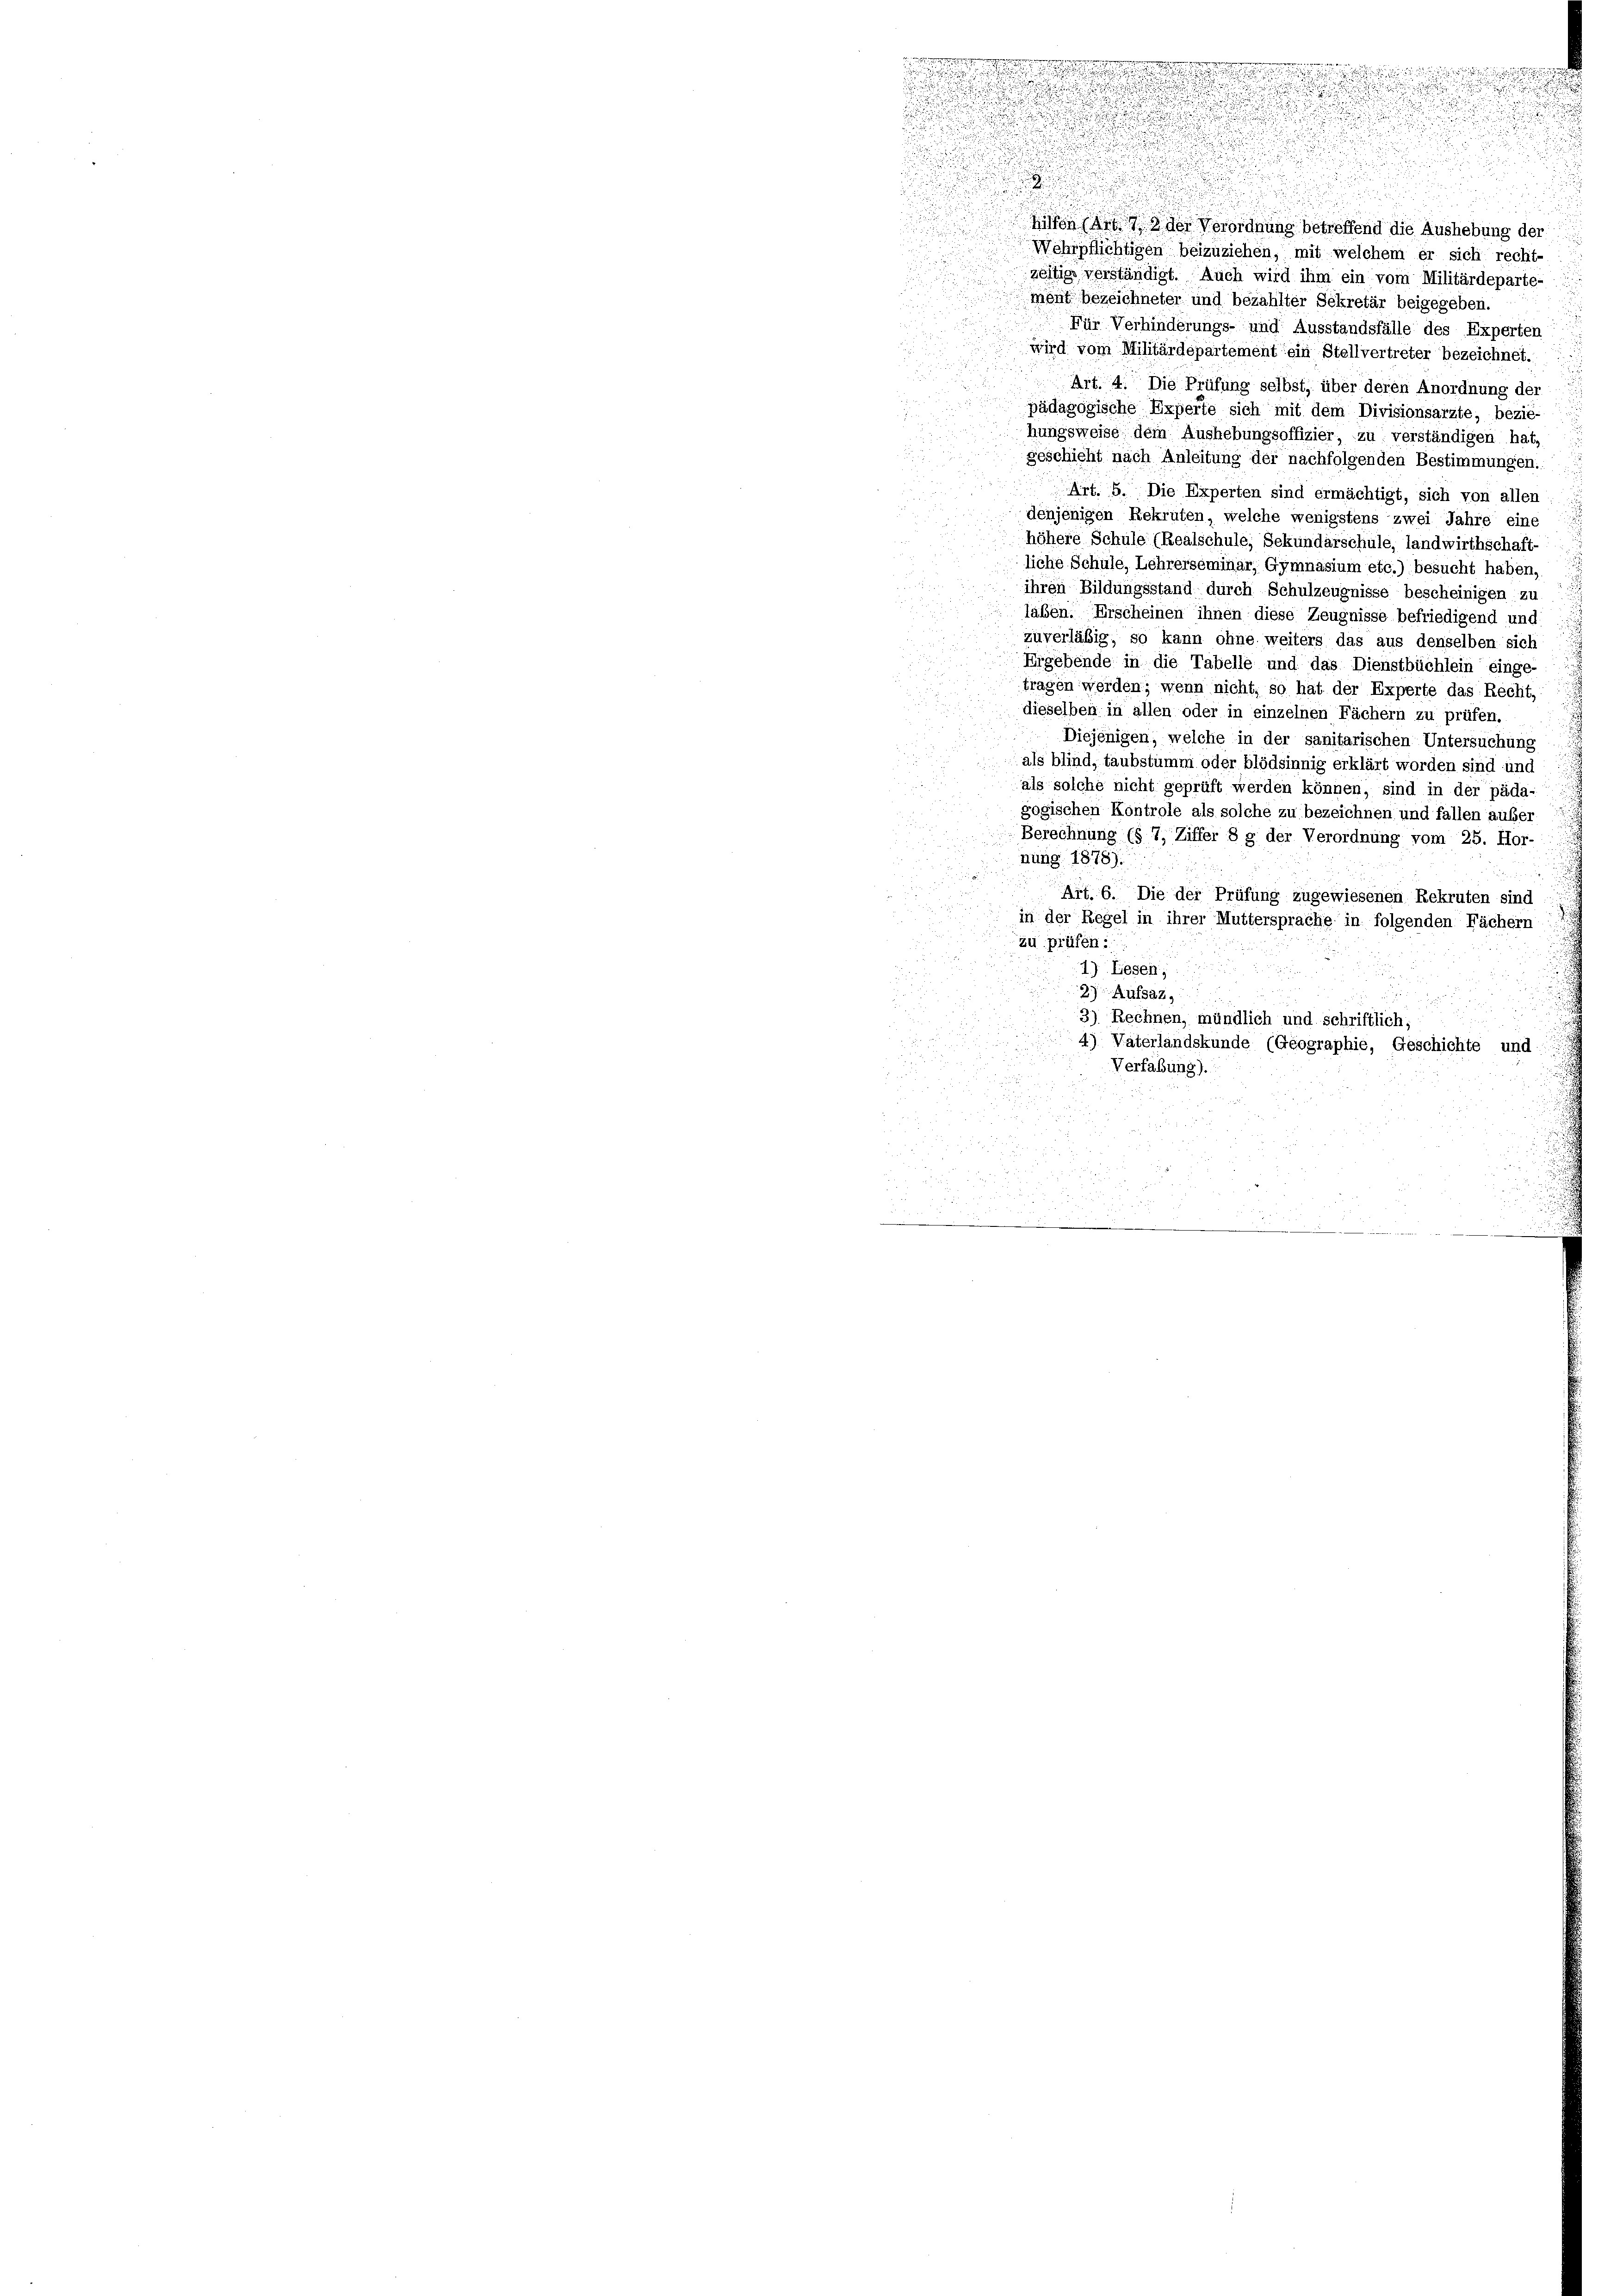
e
.

ihn in der Verordnung betreffend die Aushebung der
d
Wehrpflichtigen beizuziehen, mit welchem er sich recht-
u
zeitige verständigt. Auch wird ihm ein vom Militärdeparte-
ment bezeichneter und bezahlter Sekretär beigegeben.
u
Für Verhinderungs- und Ausstandsfälle des Experten
wird vom Militärdepartement ein Stellvertreter bezeichnet.
Art. 4. Die Prüfung selbst, über deren Anordnung der
pädagogische Experte sich mit dem Divisionsarzte, bezie-
i
hungsweise dem Aushebungsoffizier, zu verständigen hat.
geschicht nach Anleitung der nachfolgenden Bestimmungen.
Art. 5. Die Experten sind ermächtigt, sich von aller
denjenigen Rekruten, welche wenigstens zwei Jahre eine
höhere Schule (Realschule, Sekundarschule, landwirthschaft-
liche Schule, Lehrerseminar, Gymnasium etc.) besucht haben,
ihren Bildungsstand durch Schulzeugnisse bescheinigen zu
.
.
laben. Erscheinen ihnen diese Zeugnisse befriedigend und:
zuverläßig, so kann ohne weiters das aus denselben sich
Ergebende in die Tabelle und das Dienstbüchlein einge
tragen werden; wenn nicht, so hat der Experte das Recht,
dieselben in allen oder in einzelnen Fächern zu prüfen.
Diejenigen, welche in der sanitarischen Untersuchung
als blind, taubstumm oder blödsinnig erklärt worden sind und
als solche nicht geprüft werden können, sind in der päda-
gogischen Kontrole als solche zu bezeichnen und fallen außer
Berechnung (§ 7, Ziffer 8 g der Verordnung vom 25. Hor.
nung 1878).
Art. 6. Die der Prüfung zugewiesenen Rekruten sind
in der Regel in ihrer Muttersprache in folgenden Fächern
zu prüfen:
1) Lesen,
2) Aufsatz.
3) Rechnen, mündlich und schriftlich,
4) Vaterlandskunde (Geographie, Geschichte und
Verfaßung).
.